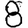
Digit: 8